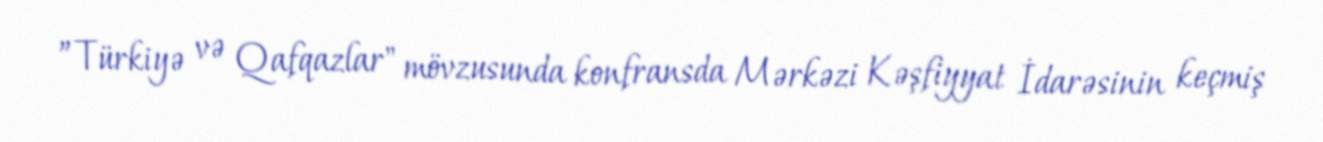
”Türkiyə və Qafqazlar" mövzusunda konfransda Mərkəzi Kəşfiyyat İdarəsinin keçmiş